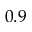
0 . 9